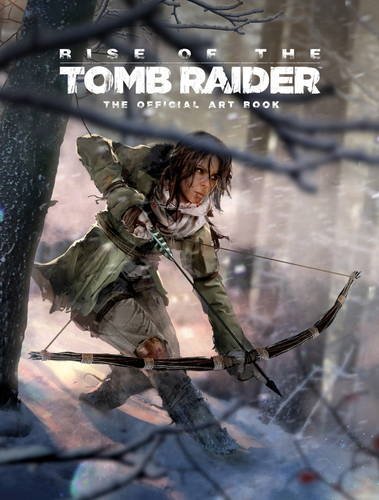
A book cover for Rise of the Tomb Raider: The Official Art Book; Andy McVittie; Humor & Entertainment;